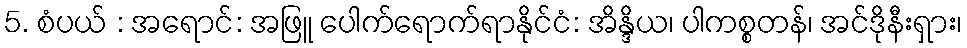
5. စံပယ် : အရောင်: အဖြူ ပေါက်ရောက်ရာနိုင်ငံ: အိန္ဒိယ၊ ပါကစ္စတန်၊ အင်ဒိုနီးရှား၊